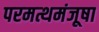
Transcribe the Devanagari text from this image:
परमत्थमंजूषा